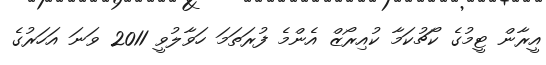
އީރާން ޓީމުގެ ކޯޗުކަމާ ކުއިރޯޒް އެންމެ ފުރަތަމަ ހަވާލުވީ 2011 ވަނަ އަހަރުގެ